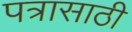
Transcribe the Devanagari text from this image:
पत्रासाठी